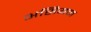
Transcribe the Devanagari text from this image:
असियन